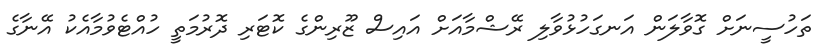
ތަހުސީނަށް ގޮވާލަން އަނގަހުޅުވާލި ރޭޝްމާއަށް އައިސް ޒޫރިންގެ ކޮޓަރި ދޮރުމަތީ ހުއްޓެވުމާއެކު އޭނާގެ